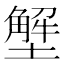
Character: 㙰